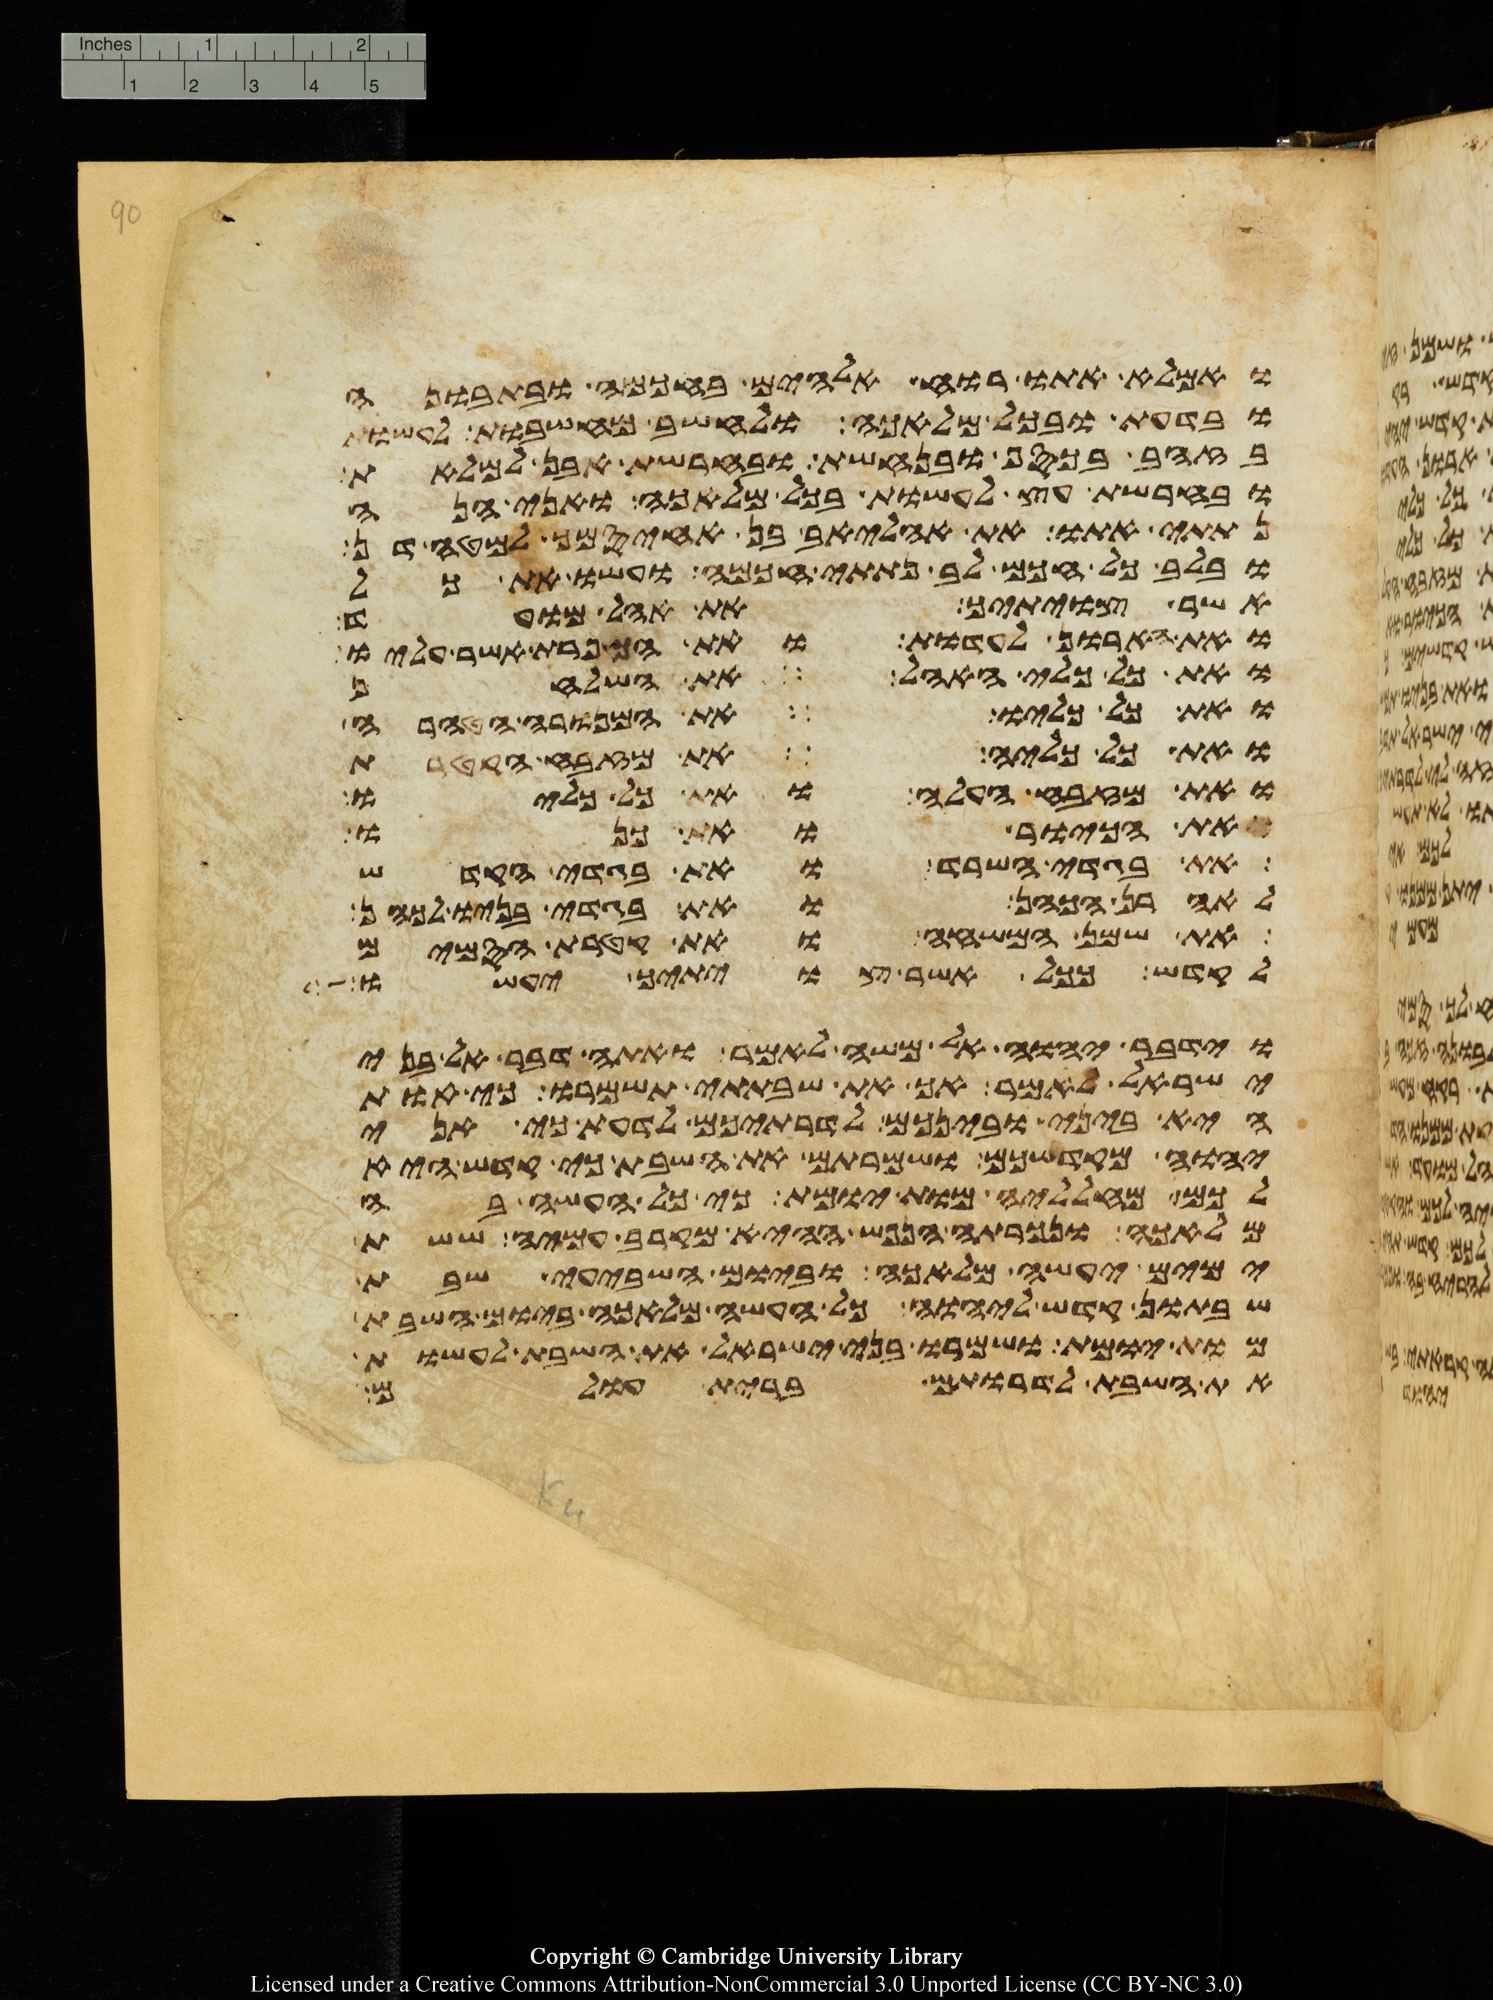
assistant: ואמלא אתו רוח אלהים בחכמה ובתבונה
ובדעת ובכל מלאכה ולחשב מחשבות לעשות
בזהב ובכסף ובנחשת ובחרשת אבן למלאת
ובחרשת עץ לעשות בכל מלאכה ואני הנה
נתתי אתו את אהליאב בן אחיסמך למטה דן
ובלב כל חכם לב נתתי חכמה ועשו את כל
אשר צויתיך את אהל מועד
ואת הארון לעדות ואת הכפרת אשר עליו
ואת כל כלי האהל את השלחן
ואת כל כליו את המנורה הטהרה
ואת כל כליה את מזבח הקטרת
את מזבח העלה ואת כל כליו
ואת הכיור ואת כנו
את בגדי השרד ואת בגדי הקדש
לאהרן הכהן ואת בגדי בניו לכהן
את שמן המשחה ואת קטרת הסמים
לקדש ככל אשר צויתיך יעשו
וידבר יהוה אל משה לאמר ואתה דבר אל בני
ישראל לאמר אך את שבתתי תשמרו כי אות
היא ביני ובינכם לדרתיכם לדעת כי אני
יהוה מקדשכם ושמרתם את השבת כי קדש היא
לכם מחלליה מות יומת כי כל העשה בה
מלאכה ונכרתה הנפש ההיא מקרב עמיה ששת
ימים יעשה מלאכה וביום השביעי שבת
שבתון קדש ליהוה כל העשה מלאכה ביום השבת
מות יומת ושמרו בני ישראל את השבת לעשות
את השבת לדרתם ברית עולם